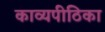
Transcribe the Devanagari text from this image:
काव्यपीठिका